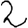
Digit: 2